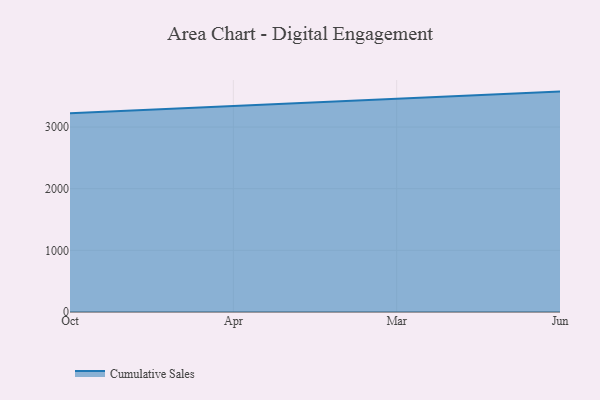
{"axis": {"x": "Month", "y": "Inventory Turnover"}, "legend": ["Cumulative Sales"], "data": [{"x": "Oct", "y": 3222.9, "type": "Cumulative Sales"}, {"x": "Apr", "y": 3338.3, "type": "Cumulative Sales"}, {"x": "Mar", "y": 3450.6, "type": "Cumulative Sales"}, {"x": "Jun", "y": 3575.2, "type": "Cumulative Sales"}]}